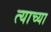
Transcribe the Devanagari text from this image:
त्‍याच्या